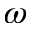
\omega